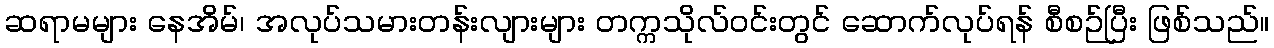
ဆရာမများ နေအိမ်၊ အလုပ်သမားတန်းလျားများ တက္ကသိုလ်ဝင်းတွင် ဆောက်လုပ်ရန် စီစဉ်ပြီး ဖြစ်သည်။